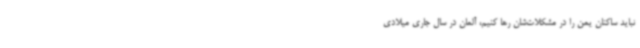
نباید ساکنان یمن را در مشکلات‌شان رها کنیم، آلمان در سال جاری میلادی